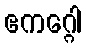
ဧကဂ္ဂေါ